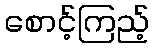
စောင့်ကြည့်